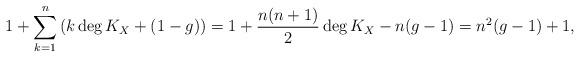
LaTeX: \begin{align*} 1 + \sum_{k=1}^n\left(k \deg K_X + (1-g)\right)= 1 + \frac{n(n+1)}{2}\deg K_X - n(g-1)=n^2(g-1)+ 1,\end{align*}